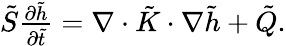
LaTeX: \begin{array}{r}{\tilde{S}\frac{\partial\tilde{h}}{\partial\tilde{t}}=\nabla\cdot\tilde{K}\cdot\nabla\tilde{h}+\tilde{Q}.}\end{array}